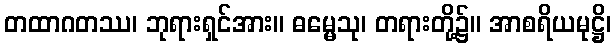
တထာဂတဿ၊ ဘုရားရှင်အား။ ဓမ္မေသု၊ တရားတို့၌။ အာစရိယမုဋ္ဌိ၊